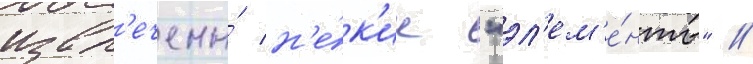
извл'ечены́ н'е́к'ие "эл'ем'е́нты" /